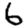
Digit: 6